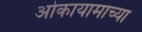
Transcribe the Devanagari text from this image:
ओकायामाच्या